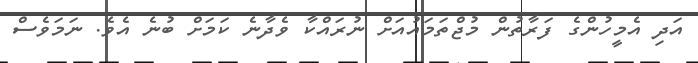
އަދި އެމީހުންގެ ފަރާތުން މުޖްތަމައުއަށް ނުރައްކާ ވެދާނެ ކަމަށް ބުނެ އެވެ. ނަމަވެސް